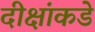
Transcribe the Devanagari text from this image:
दीक्षांकडे